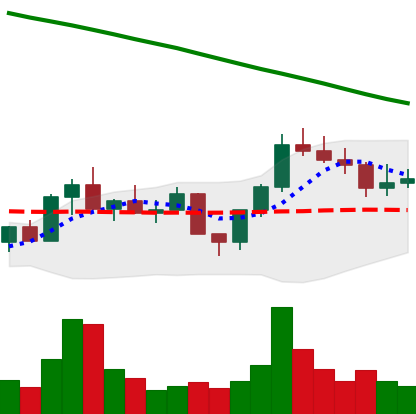
Ticker: LINK-USD
Chart end date: 2022-08-04
Forward return: 19.062%
Label: up_7plus